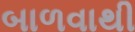
બાળવાથી